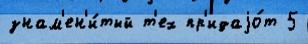
знам'ен'и́тый т'ех пр'идаjо́т 5